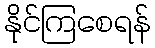
နိုင်ကြစေရန်